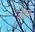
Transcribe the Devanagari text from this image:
जाइच